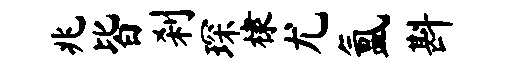
兆皆刹琛棣尤氲斟